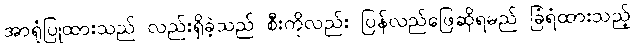
အာရုံပြုထားသည် လည်းရှိခဲ့သည် စီးကိုလည်း ပြန်လည်ဖြေဆိုရမည် ခြံရံထားသည့်